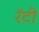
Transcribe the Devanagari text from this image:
रॅटी